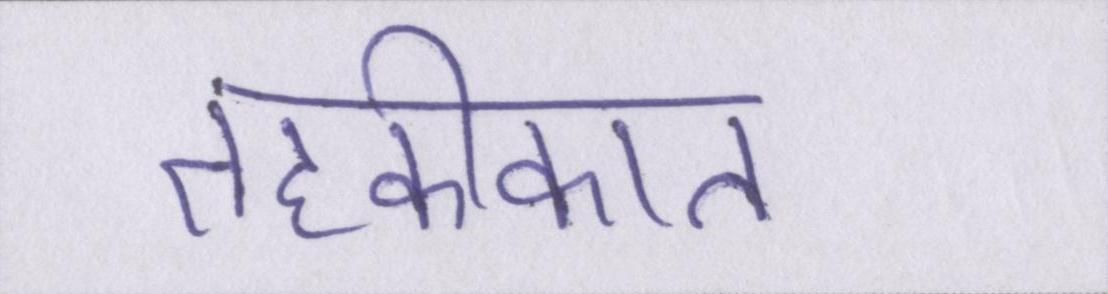
तहकीकात